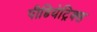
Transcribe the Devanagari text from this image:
पीडियेट्रिक्स